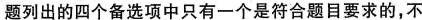
题列出的四个备选项中只有一个是符合题目要求的，不